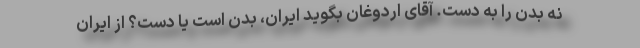
نه بدن را به دست. آقای اردوغان بگوید ایران، بدن است یا دست؟ از ایران